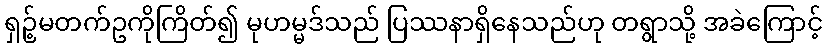
ရှဉ့်မတက်ဥကိုကြိတ်၍ မုဟမ္မဒ်သည် ပြဿနာရှိနေသည်ဟု တရွာသို့ အခဲကြောင့်